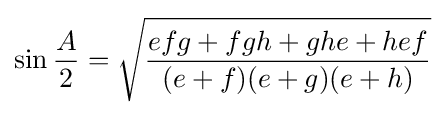
\sin {\frac {A}{2}}={\sqrt {\frac {efg+fgh+ghe+hef}{(e+f)(e+g)(e+h)}}}